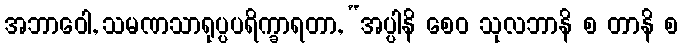
အဘာဝေါ, သမဏသာရုပ္ပပရိက္ခာရတာ, “အပ္ပါနိ စေဝ သုလဘာနိ စ တာနိ စ